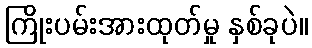
ကြိုးပမ်းအားထုတ်မှု နှစ်ခုပဲ။